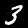
Digit: 3